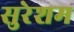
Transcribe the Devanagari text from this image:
सुरेशम